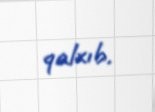
qalxıb.